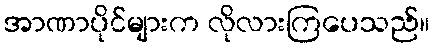
အာဏာပိုင်များက လိုလားကြပေသည်။